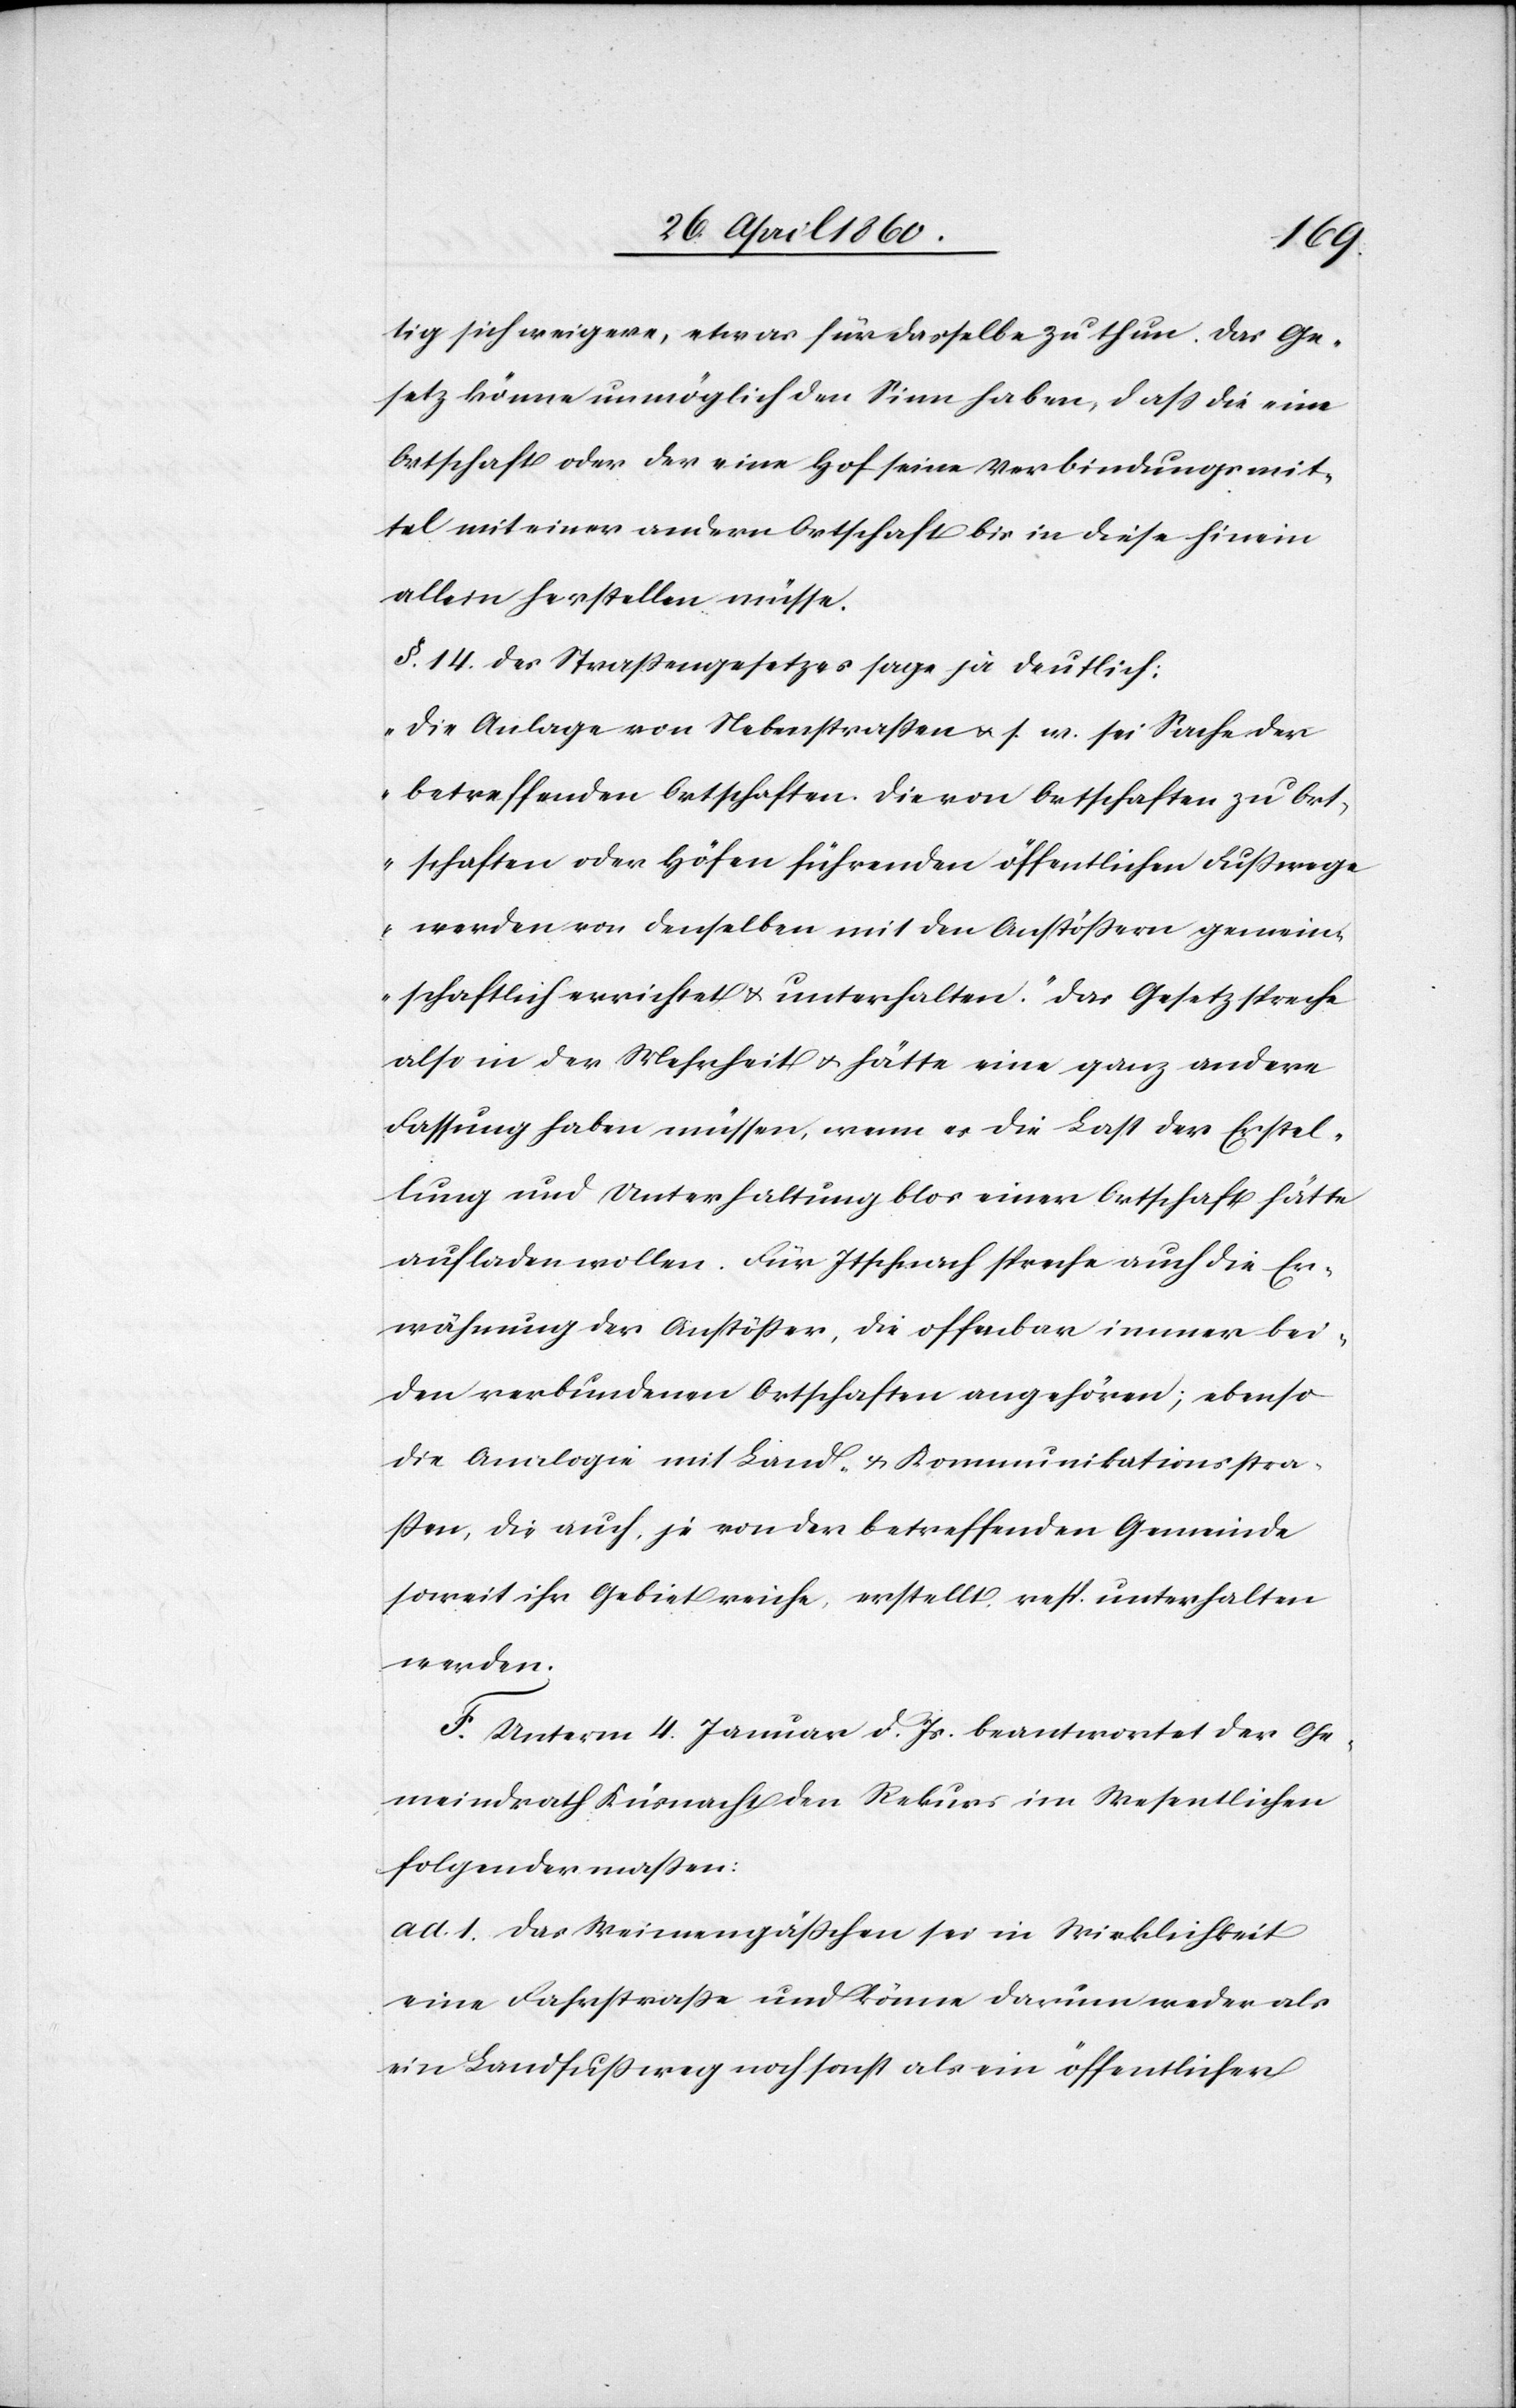
tig sich weigere, etwas für dasselbe zu thun. Das Ge¬
setz könne unmöglich den Sinn haben, dass die eine
Ortschaft oder der eine Hof seine Verbindungsmit¬
tel mit einer andern Ortschaft bis in diese hinein
allein herstellen müsse.
§. 14. des Strassengesetzes sage ja deutlich:
„Die Anlage von Nebenstrassen u. s. w. sei Sache der
betreffenden Ortschaften. Die von Ortschaften zu Ort¬
schaften oder Höfen führenden öffentlichen Fusswege
werden von denselben mit den Anstössern gemein¬
schaftlich errichtet u. unterhalten.“ Das Gesetz spreche
also in der Mehrheit u. hätte eine ganz andere
Fassung haben müssen, wenn es die Last der Erstel¬
lung und Unterhaltung blos einer Ortschaft hätte
aufladen wollen. Für Itschnach spreche auch die Er¬
wähnung der Anstösser, die offenbar immer bei¬
den verbundenen Ortschaften angehören; ebenso
die Analogie mit Land- u. Kommunikationsstra¬
ssen, die auch, je von der betreffenden Gemeinde
soweit ihr Gebiet reiche, erstellt, resp. unterhalten
werden.
F. Unterm 4. Januar d. Js. beantwortet der Ge¬
meindrath Küsnacht den Rekurs im Wesentlichen
folgendermassen:
ad 1. Das Weimengässchen sei in Wirklichkeit
eine Fahrstrasse und könne darum weder als
ein Landfussweg noch sonst als ein öffentlicher